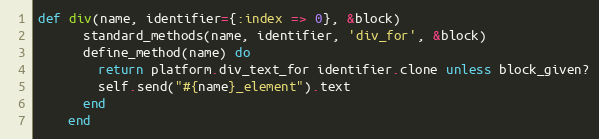
Language: Ruby
def div(name, identifier={:index => 0}, &block)
      standard_methods(name, identifier, 'div_for', &block)
      define_method(name) do
        return platform.div_text_for identifier.clone unless block_given?
        self.send("#{name}_element").text
      end
    end